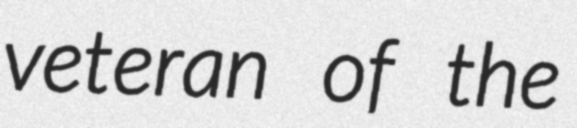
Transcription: veteran of the